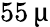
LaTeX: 55\, \upmu